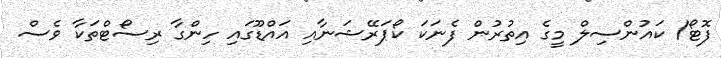
ފޮޓޯ/ ކައުންސިލް މީގެ އިތުރުން ފެނަކަ ކޯޕަރޭޝަނާއި އައްޑޫގައި ހިންގާ ރިސޯޓްތަކާ ވެސް